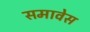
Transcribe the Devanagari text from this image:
समावेस